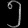
Digit: ၅